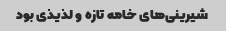
شیرینی‌های خامه تازه و لذیذی بود